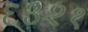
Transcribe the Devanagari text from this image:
६३२१